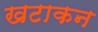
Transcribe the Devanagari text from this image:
खटाकन